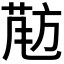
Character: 𱡵